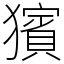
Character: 獱